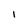
Character: 1